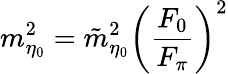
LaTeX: m_{\eta_{0}}^{2}={\tilde{m}}_{\eta_{0}}^{2}\biggl({\frac{F_{0}}{F_{\pi}}}\biggr)^{2}